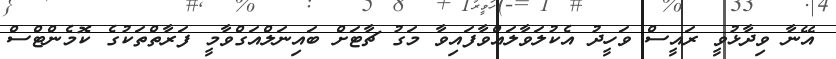
އޭނާ ވިދާޅުވީ ރައީސް ވަހީދު އެކުލަވާލައްވާފައިވާ މަގު ޗާޓަށް ބައިނަލްއަގްވާމީ ފަރާތްތަކުގެ ކޮމެންޓްސް